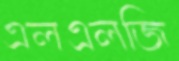
এলএলজি